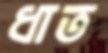
ধাত